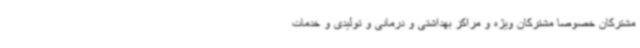
مشترکان خصوصا مشترکان ویژه و مراکز بهداشتی و درمانی و تولیدی و خدمات